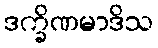
ဒက္ခိဏမာဒိသ